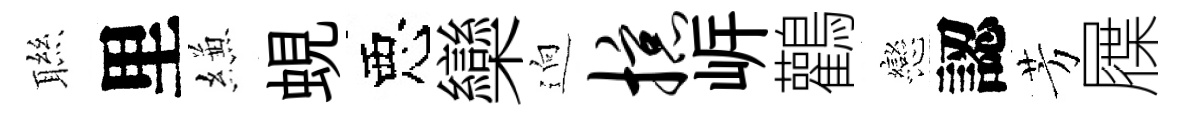
聮里縑蜆惡欒逈掠㟁鸛戀認芳屧